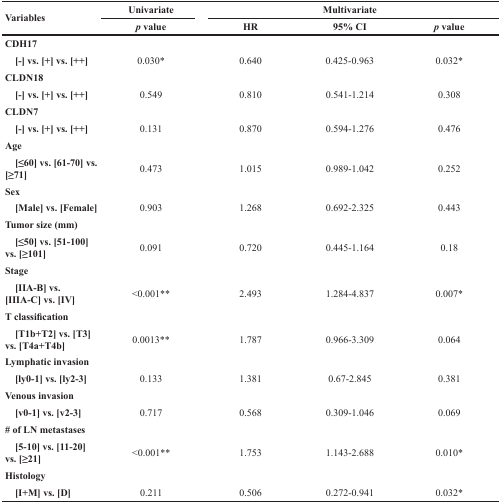
<table><thead><tr><td rowspan="2"><b>Variables</b></td><td><b>Univariate</b></td><td colspan="3"><b>Multivariate</b></td></tr><tr><td><b><i>p</i> value</b></td><td><b>HR</b></td><td><b>95% CI</b></td><td><b><i>p</i> value</b></td></tr></thead><tbody><tr><td><b>CDH17</b></td><td></td><td></td><td></td><td></td></tr><tr><td> <b>[−] vs. [+] vs. [++]</b></td><td>0.030*</td><td>0.640</td><td>0.425-0.963</td><td>0.032*</td></tr><tr><td><b>CLDN18</b></td><td></td><td></td><td></td><td></td></tr><tr><td> <b>[−] vs. [+] vs. [++]</b></td><td>0.549</td><td>0.810</td><td>0.541-1.214</td><td>0.308</td></tr><tr><td><b>CLDN7</b></td><td></td><td></td><td></td><td></td></tr><tr><td> <b>[−] vs. [+] vs. [++]</b></td><td>0.131</td><td>0.870</td><td>0.594-1.276</td><td>0.476</td></tr><tr><td><b>Age</b></td><td></td><td></td><td></td><td></td></tr><tr><td> <b>[≤60] vs. [61-70] vs. [≥71]</b></td><td>0.473</td><td>1.015</td><td>0.989-1.042</td><td>0.252</td></tr><tr><td><b>Sex</b></td><td></td><td></td><td></td><td></td></tr><tr><td> <b>[Male] vs. [Female]</b></td><td>0.903</td><td>1.268</td><td>0.692-2.325</td><td>0.443</td></tr><tr><td><b>Tumor size (mm)</b></td><td></td><td></td><td></td><td></td></tr><tr><td> <b>[≤50] vs. [51-100] vs. [≥101]</b></td><td>0.091</td><td>0.720</td><td>0.445-1.164</td><td>0.18</td></tr><tr><td><b>Stage</b></td><td></td><td></td><td></td><td></td></tr><tr><td> <b>[IIA-B] vs. [IIIA-C] vs. [IV]</b></td><td>&lt;0.001**</td><td>2.493</td><td>1.284-4.837</td><td>0.007*</td></tr><tr><td><b>T classification</b></td><td></td><td></td><td></td><td></td></tr><tr><td> <b>[T1b+T2] vs. [T3] vs. [T4a+T4b]</b></td><td>0.0013**</td><td>1.787</td><td>0.966-3.309</td><td>0.064</td></tr><tr><td><b>Lymphatic invasion</b></td><td></td><td></td><td></td><td></td></tr><tr><td> <b>[ly0-1] vs. [ly2-3]</b></td><td>0.133</td><td>1.381</td><td>0.67-2.845</td><td>0.381</td></tr><tr><td><b>Venous invasion</b></td><td></td><td></td><td></td><td></td></tr><tr><td> <b>[v0-1] vs. [v2-3]</b></td><td>0.717</td><td>0.568</td><td>0.309-1.046</td><td>0.069</td></tr><tr><td><b># of LN metastases</b></td><td></td><td></td><td></td><td></td></tr><tr><td> <b>[5-10] vs. [11-20] vs. [≥21]</b></td><td>&lt;0.001**</td><td>1.753</td><td>1.143-2.688</td><td>0.010*</td></tr><tr><td><b>Histology</b></td><td></td><td></td><td></td><td></td></tr><tr><td> <b>[I+M] vs. [D]</b></td><td>0.211</td><td>0.506</td><td>0.272-0.941</td><td>0.032*</td></tr></tbody></table>